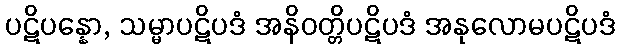
ပဋိပန္နော, သမ္မာပဋိပဒံ အနိဝတ္တိပဋိပဒံ အနုလောမပဋိပဒံ